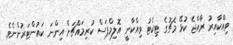
ވިއްކާއިރު ރާއްޖެ ކުޅޭ މެޗުގެ ޓިކެޓު ވިއްކާނީ އޮލިމްޕަސް ކުރިމައްޗަށް އިންނަ ކައުންޓަރުންނެވެ.